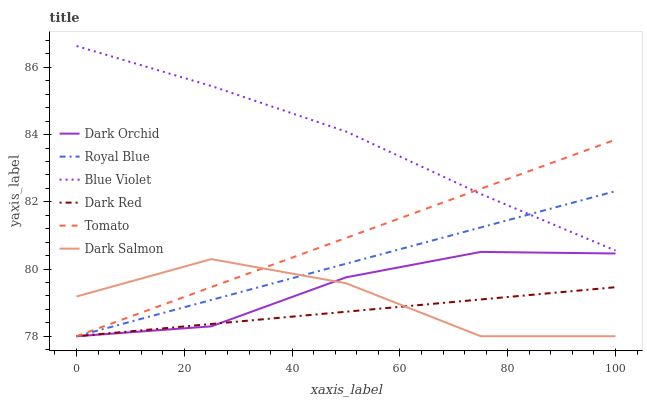
| xaxis_label | Dark Orchid | Royal Blue | Blue Violet | Dark Red | Tomato | Dark Salmon |
 | --- | --- | --- | --- | --- | --- | --- |
 | 0 | 78 | 78 | 86.6 | 78 | 78 | 79.2 |
 | 25 | 78.3 | 79.1 | 85.4 | 78.4 | 79.5 | 80.3 |
 | 50 | 79.8 | 80.2 | 84.1 | 78.7 | 80.9 | 79.6 |
 | 75 | 80.5 | 81.2 | 82.2 | 79.1 | 82.4 | 78 |
 | 100 | 80.5 | 82.3 | 80.5 | 79.5 | 83.9 | 78 |